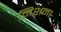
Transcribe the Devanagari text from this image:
मिशना